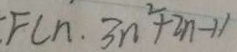
F ( n \cdot 3 n ^ { 2 } + 2 n - 1 )